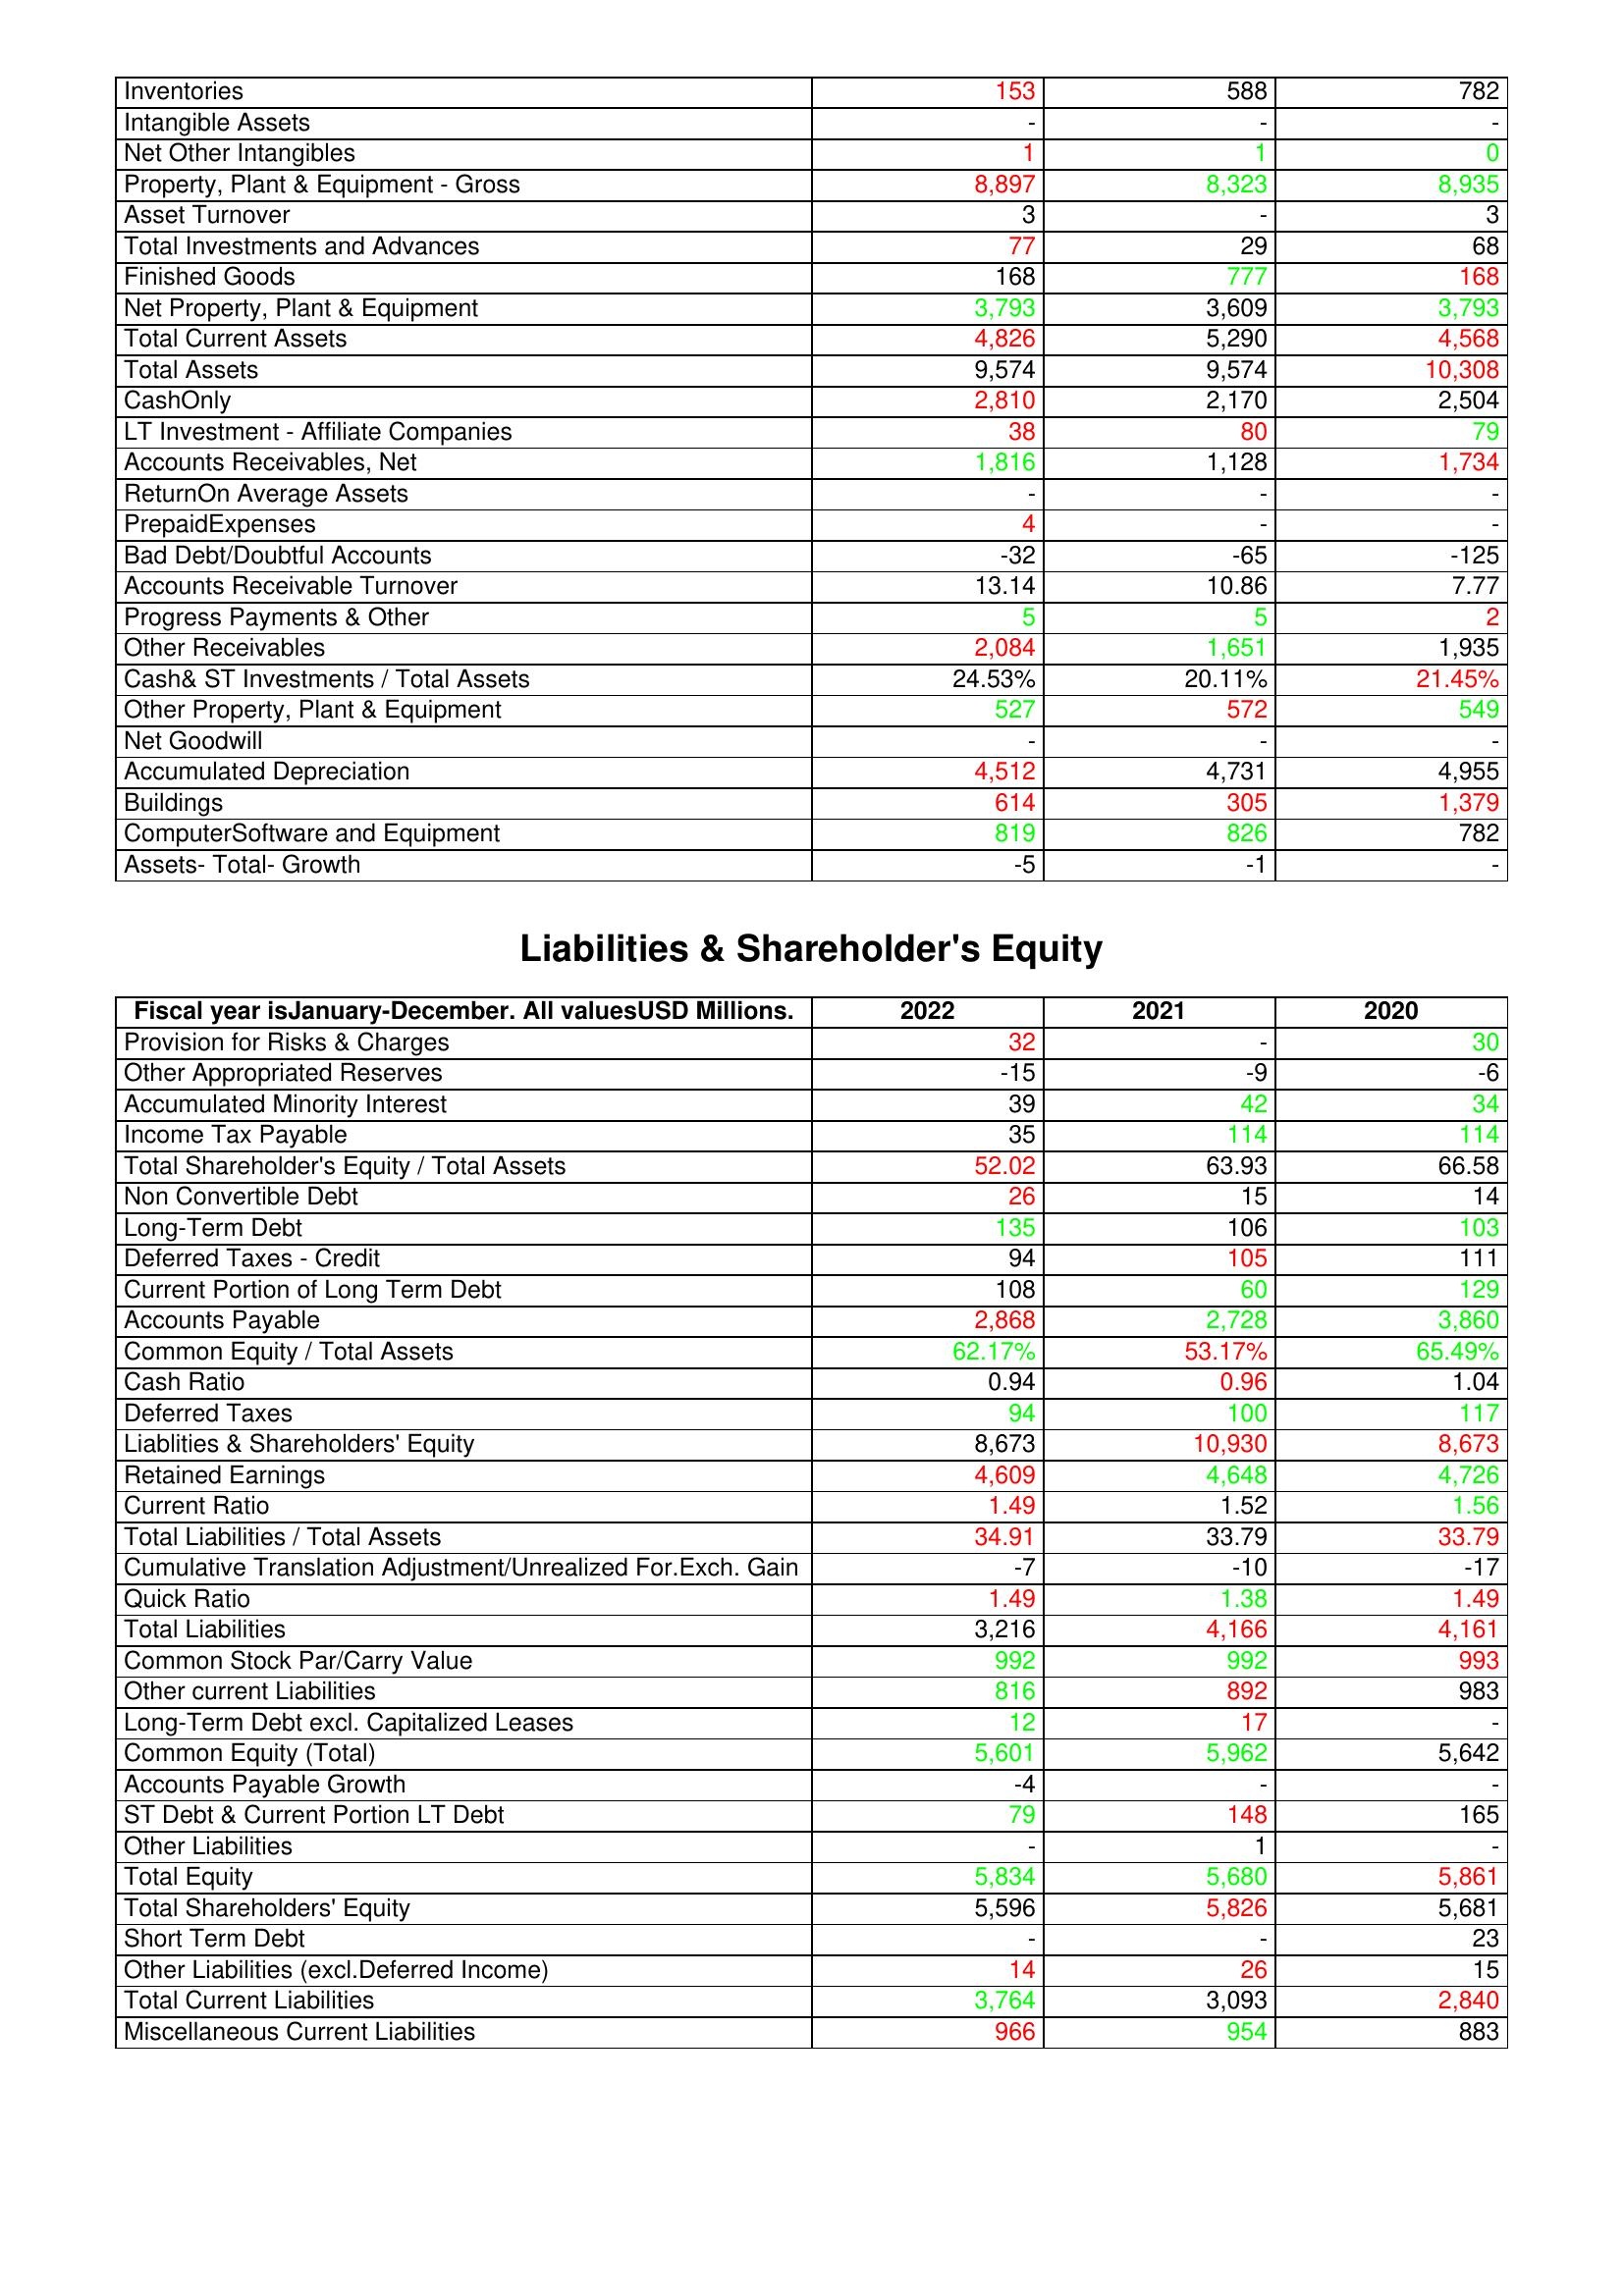
gt_parse: 2022: Assets: Inventories: 153
Intangible Assets: -
Net Other Intangibles: 1
Property, Plant & Equipment - Gross : 8,897
Asset Turnover: 3
Total Investments and Advances: 77
Finished Goods: 168
Net Property, Plant & Equipment: 3,793
Total Current Assets: 4,826
Total Assets: 9,574
CashOnly: 2,810
LT Investment - Affiliate Companies: 38
Accounts Receivables, Net: 1,816
ReturnOn Average Assets: -
PrepaidExpenses: 4
Bad Debt/Doubtful Accounts: -32
Accounts Receivable Turnover: 13.14
Progress Payments & Other: 5
Other Receivables: 2,084
Cash& ST Investments / Total Assets: 24.53%
Other Property, Plant & Equipment: 527
Net Goodwill: -
Accumulated Depreciation: 4,512
Buildings: 614
ComputerSoftware and Equipment: 819
Assets- Total- Growth: -5
Liabilities & Shareholder's Equity: Provision for Risks & Charges: 32
Other Appropriated Reserves: -15
Accumulated Minority Interest: 39
Income Tax Payable: 35
Total Shareholder's Equity / Total Assets: 52.02
Non Convertible Debt: 26
Long-Term Debt: 135
Deferred Taxes - Credit: 94
Current Portion of Long Term Debt: 108
Accounts Payable: 2,868
Common Equity / Total Assets: 62.17%
Cash Ratio: 0.94
Deferred Taxes: 94
Liablities & Shareholders' Equity: 8,673
Retained Earnings: 4,609
Current Ratio: 1.49
Total Liabilities / Total Assets: 34.91
Cumulative Translation Adjustment/Unrealized For.Exch. Gain: -7
Quick Ratio: 1.49
Total Liabilities: 3,216
Common Stock Par/Carry Value: 992
Other current Liabilities: 816
Long-Term Debt excl. Capitalized Leases: 12
Common Equity (Total): 5,601
Accounts Payable Growth: -4
ST Debt & Current Portion LT Debt: 79
Other Liabilities: -
Total Equity: 5,834
Total Shareholders' Equity: 5,596
Short Term Debt: -
Other Liabilities (excl.Deferred Income): 14
Total Current Liabilities: 3,764
Miscellaneous Current Liabilities: 966
2021: Assets: Inventories: 588
Intangible Assets: -
Net Other Intangibles: 1
Property, Plant & Equipment - Gross : 8,323
Asset Turnover: -
Total Investments and Advances: 29
Finished Goods: 777
Net Property, Plant & Equipment: 3,609
Total Current Assets: 5,290
Total Assets: 9,574
CashOnly: 2,170
LT Investment - Affiliate Companies: 80
Accounts Receivables, Net: 1,128
ReturnOn Average Assets: -
PrepaidExpenses: -
Bad Debt/Doubtful Accounts: -65
Accounts Receivable Turnover: 10.86
Progress Payments & Other: 5
Other Receivables: 1,651
Cash& ST Investments / Total Assets: 20.11%
Other Property, Plant & Equipment: 572
Net Goodwill: -
Accumulated Depreciation: 4,731
Buildings: 305
ComputerSoftware and Equipment: 826
Assets- Total- Growth: -1
Liabilities & Shareholder's Equity: Provision for Risks & Charges: -
Other Appropriated Reserves: -9
Accumulated Minority Interest: 42
Income Tax Payable: 114
Total Shareholder's Equity / Total Assets: 63.93
Non Convertible Debt: 15
Long-Term Debt: 106
Deferred Taxes - Credit: 105
Current Portion of Long Term Debt: 60
Accounts Payable: 2,728
Common Equity / Total Assets: 53.17%
Cash Ratio: 0.96
Deferred Taxes: 100
Liablities & Shareholders' Equity: 10,930
Retained Earnings: 4,648
Current Ratio: 1.52
Total Liabilities / Total Assets: 33.79
Cumulative Translation Adjustment/Unrealized For.Exch. Gain: -10
Quick Ratio: 1.38
Total Liabilities: 4,166
Common Stock Par/Carry Value: 992
Other current Liabilities: 892
Long-Term Debt excl. Capitalized Leases: 17
Common Equity (Total): 5,962
Accounts Payable Growth: -
ST Debt & Current Portion LT Debt: 148
Other Liabilities: 1
Total Equity: 5,680
Total Shareholders' Equity: 5,826
Short Term Debt: -
Other Liabilities (excl.Deferred Income): 26
Total Current Liabilities: 3,093
Miscellaneous Current Liabilities: 954
2020: Assets: Inventories: 782
Intangible Assets: -
Net Other Intangibles: 0
Property, Plant & Equipment - Gross : 8,935
Asset Turnover: 3
Total Investments and Advances: 68
Finished Goods: 168
Net Property, Plant & Equipment: 3,793
Total Current Assets: 4,568
Total Assets: 10,308
CashOnly: 2,504
LT Investment - Affiliate Companies: 79
Accounts Receivables, Net: 1,734
ReturnOn Average Assets: -
PrepaidExpenses: -
Bad Debt/Doubtful Accounts: -125
Accounts Receivable Turnover: 7.77
Progress Payments & Other: 2
Other Receivables: 1,935
Cash& ST Investments / Total Assets: 21.45%
Other Property, Plant & Equipment: 549
Net Goodwill: -
Accumulated Depreciation: 4,955
Buildings: 1,379
ComputerSoftware and Equipment: 782
Assets- Total- Growth: -
Liabilities & Shareholder's Equity: Provision for Risks & Charges: 30
Other Appropriated Reserves: -6
Accumulated Minority Interest: 34
Income Tax Payable: 114
Total Shareholder's Equity / Total Assets: 66.58
Non Convertible Debt: 14
Long-Term Debt: 103
Deferred Taxes - Credit: 111
Current Portion of Long Term Debt: 129
Accounts Payable: 3,860
Common Equity / Total Assets: 65.49%
Cash Ratio: 1.04
Deferred Taxes: 117
Liablities & Shareholders' Equity: 8,673
Retained Earnings: 4,726
Current Ratio: 1.56
Total Liabilities / Total Assets: 33.79
Cumulative Translation Adjustment/Unrealized For.Exch. Gain: -17
Quick Ratio: 1.49
Total Liabilities: 4,161
Common Stock Par/Carry Value: 993
Other current Liabilities: 983
Long-Term Debt excl. Capitalized Leases: -
Common Equity (Total): 5,642
Accounts Payable Growth: -
ST Debt & Current Portion LT Debt: 165
Other Liabilities: -
Total Equity: 5,861
Total Shareholders' Equity: 5,681
Short Term Debt: 23
Other Liabilities (excl.Deferred Income): 15
Total Current Liabilities: 2,840
Miscellaneous Current Liabilities: 883